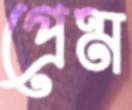
প্রেম